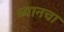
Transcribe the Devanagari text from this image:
ध्यानचा